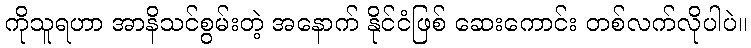
ကိုသူရဟာ အာနိသင်စွမ်းတဲ့ အနောက် နိုင်ငံဖြစ် ဆေးကောင်း တစ်လက်လိုပါပဲ။